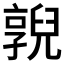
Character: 𠆔